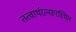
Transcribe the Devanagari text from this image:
तत्वार्थरत्नरूरस्थित